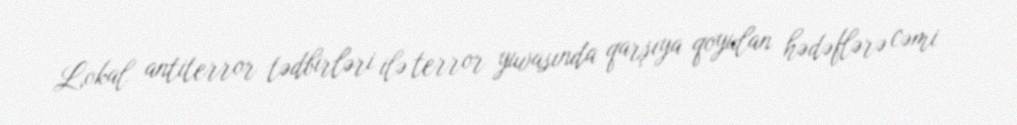
Lokal antiterror tədbirləri ilə terror yuvasında qarşıya qoyulan hədəflərə cəmi